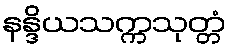
နန္ဒိယသက္ကသုတ္တံ